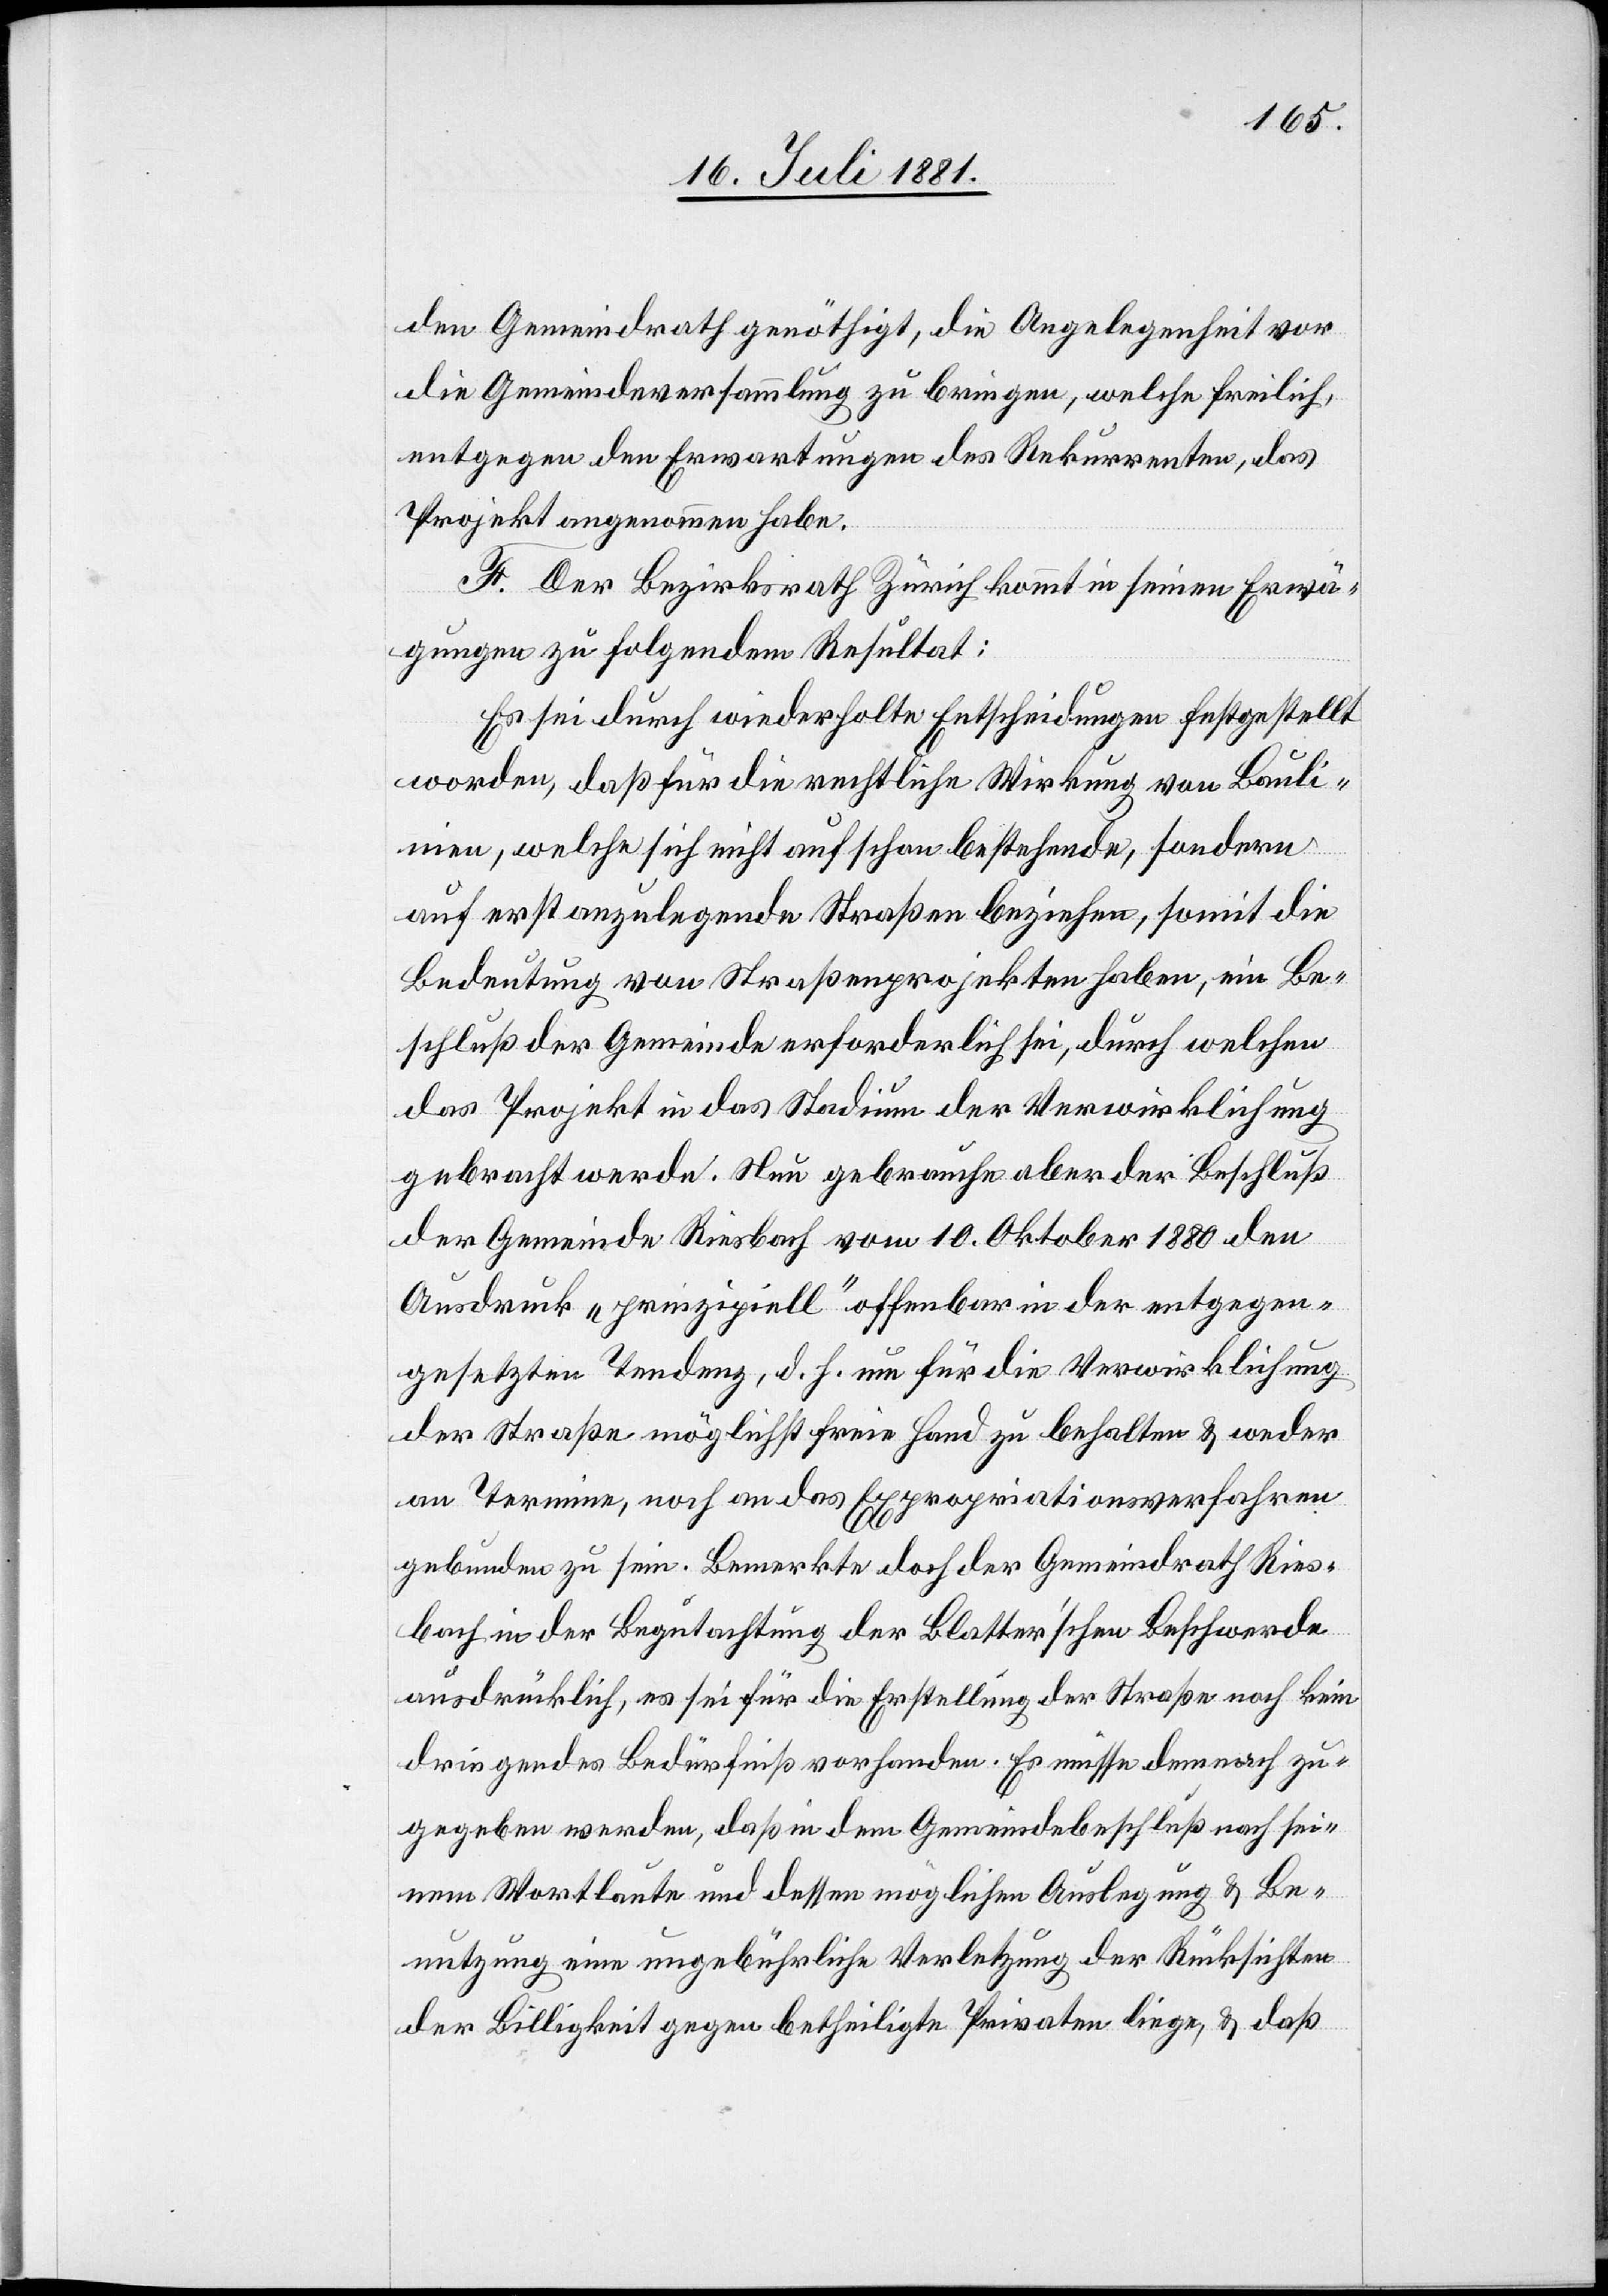
den Gemeindrath genöthigt, die Angelegenheit vor
die Gemeindeversammlung zu bringen, welche freilich,
entgegen den Erwartungen des Rekurrenten, das
Projekt angenommen habe.
F. Der Bezirksrath Zürich kommt in seinen Erwä¬
gungen zu folgendem Resultat:
Es sei durch wiederholte Entscheidungen festgestellt
worden, daß für die rechtliche Wirkung von Bauli¬
nien, welche sich nicht auf schon bestehende, sondern
auf erst anzulegende Straßen beziehen, somit die
Bedeutung von Straßenprojekten haben, ein Be¬
schluß der Gemeinde erforderlich sei, durch welchen
das Projekt in das Stadium der Verwirklichung
gebracht werde. Nun gebrauche aber der Beschluß
der Gemeinde Riesbach vom 10. Oktober 1880 den
Ausdruck „prinzipiell“ offenbar in der entgegen¬
gesetzten Tendenz, d. h. um für die Verwirklichung
der Straße möglichst freie Hand zu behalten & weder
an Terrain, noch an das Expropriationsverfahren
gebunden zu sein. Bemerkte doch der Gemeindrath Ries¬
bach in der Begutachtung der Blatterschen Beschwerde
ausdrücklich, es sei für die Erstellung der Straße noch kein
dringendes Bedürfniß vorhanden. Es müsse demnach zu¬
gegeben werden, daß in dem Gemeindebeschluß nach sei¬
nem Wortlaute und dessen möglichen [sic!] Auslegung & Be¬
nutzung eine ungebührliche Verletzung der Rücksichten
der Billigkeit gegen beteiligte Privaten liege, & daß